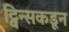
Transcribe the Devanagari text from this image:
ट्विन्सकडून